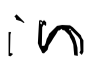
Text: in
Cross-out: clean
Writing tool: digital_black